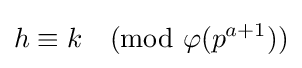
h\equiv k{\pmod {\varphi (p^{a+1})}}